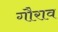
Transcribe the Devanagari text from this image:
गौराव